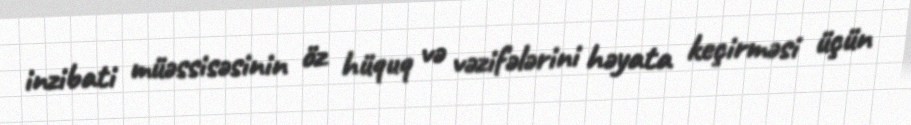
inzibati müəssisəsinin öz hüquq və vəzifələrini həyata keçirməsi üçün